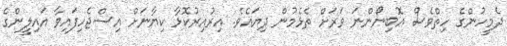
ދެމީހުންގެ ހިތްވެސް އޮބިނޯންނަ ވަރަށް ތެޅެމުން ދިޔައެވެ. އިރުއިރުކޮޅާ ކިޔާނަށް އިސްޖެހިފައިވާ އައިލީންގެ